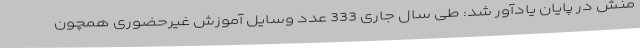
منش در پایان یادآور شد: طی سال جاری 333 عدد وسایل آموزش غیرحضوری همچون